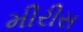
મીરીસ